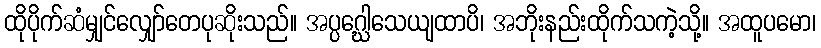
ထိုပိုက်ဆံမျှင်လျှော်တေပုဆိုးသည်။ အပ္ပဂ္ဃေါသေယျထာပိ၊ အဘိုးနည်းထိုက်သကဲ့သို့။ အထူပမော၊